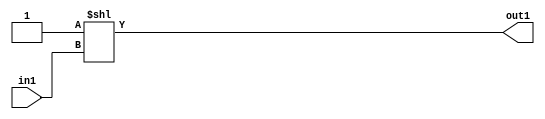
`timescale 1ps / 1ps
/*****************************************************************************
    Verilog RTL Description
    
    
    Created by: Stratus DpOpt 2019.1.01 
*******************************************************************************/

module SobelFilter_DECODE_16U_9_4 (
	in1,
	out1
	); /* architecture "behavioural" */ 
input [3:0] in1;
output [15:0] out1;
wire [15:0] asc001;

assign asc001 = 16'B0000000000000001 << in1;

assign out1 = asc001;
endmodule

/* CADENCE  ubD3SwA= : u9/ySgnWtBlWxVPRXgAZ4Og= ** DO NOT EDIT THIS LINE ******/